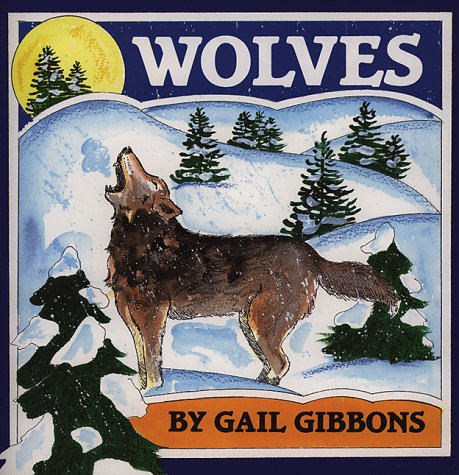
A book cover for Wolves; Gail Gibbons; Children's Books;